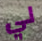
لي